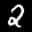
Label: 2